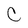
Character: C